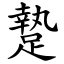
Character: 䠟